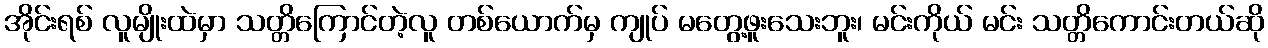
အိုင်းရစ် လူမျိုးထဲမှာ သတ္တိကြောင်တဲ့လူ တစ်ယောက်မှ ကျုပ် မတွေ့ဖူးသေးဘူး၊ မင်းကိုယ် မင်း သတ္တိကောင်းတယ်ဆို